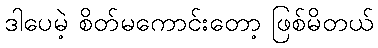
ဒါပေမဲ့ စိတ်မကောင်းတော့ ဖြစ်မိတယ်